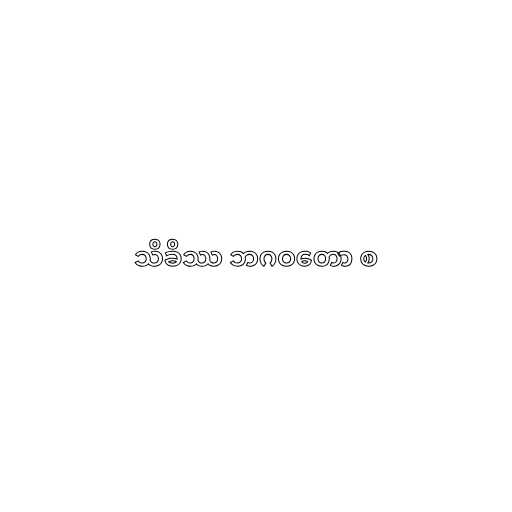
သိခိဿ ဘဂဝတော စ